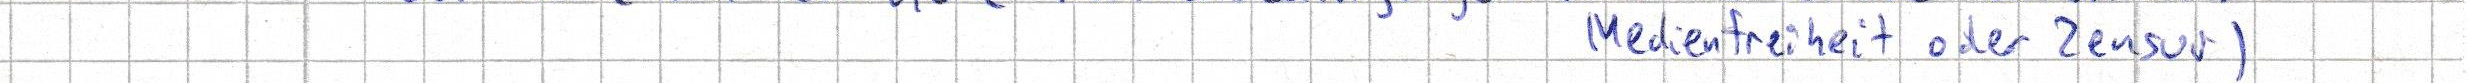
Medienfreiheit oder Zensur)